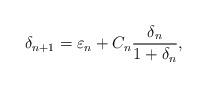
LaTeX: \begin{align*} \delta_{n+1}=\varepsilon_n+C_n\frac{\delta_n}{1+\delta_n},\end{align*}